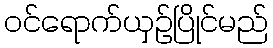
ဝင်ရောက်ယှဉ်ပြိုင်မည်